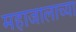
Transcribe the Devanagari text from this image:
महाजालाच्या